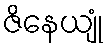
ဇိနေယျုံ